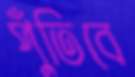
পুঁতিবে